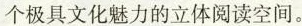
个极具文化魅力的立体阅读空间。